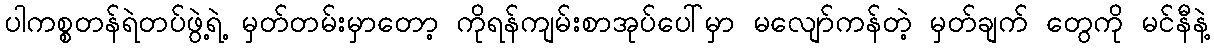
ပါကစ္စတန်ရဲတပ်ဖွဲ့ရဲ့ မှတ်တမ်းမှာတော့ ကိုရန်ကျမ်းစာအုပ်ပေါ်မှာ မလျော်ကန်တဲ့ မှတ်ချက် တွေကို မင်နီနဲ့